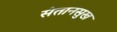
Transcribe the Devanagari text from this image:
संतानसुख